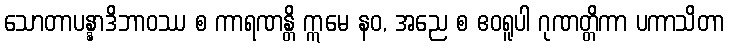
သောတာပန္နာဒိဘာဝဿ စ ကာရဏန္တိ ဣမေ နဝ, အညေ စ ဧဝရူပါ ဂုဏတ္တိကာ ပကာသိတာ